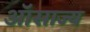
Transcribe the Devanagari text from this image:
ऑसाज्य